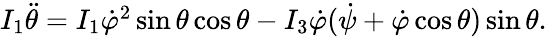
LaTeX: \begin{array}{r}{I_{1}\ddot{\theta}=I_{1}\dot{\varphi}^{2}\sin\theta\cos\theta-I_{3}\dot{\varphi}(\dot{\psi}+\dot{\varphi}\cos\theta)\sin\theta.}\end{array}